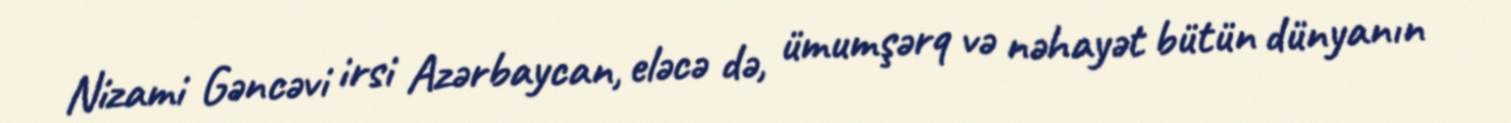
Nizami Gəncəvi irsi Azərbaycan, eləcə də, ümumşərq və nəhayət bütün dünyanın